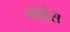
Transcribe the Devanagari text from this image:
माड्रेस